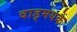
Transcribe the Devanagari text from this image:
वाड्मयके